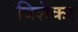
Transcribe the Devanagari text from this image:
विशेकर